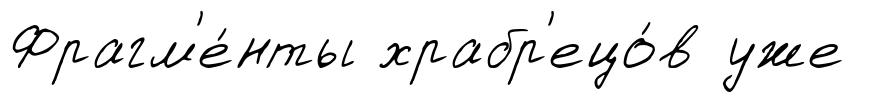
Фрагм'е́нты храбр'ецо́в уже